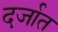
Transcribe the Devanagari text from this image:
दर्जात